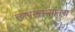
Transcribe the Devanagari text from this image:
छापखान्यातच